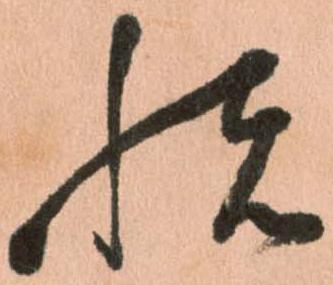
悦